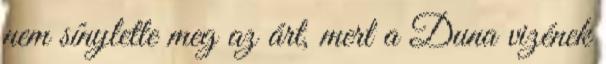
nem sínylette meg az árt, mert a Duna vizének